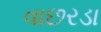
વાછરડા